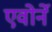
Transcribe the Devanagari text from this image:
एवोर्ने